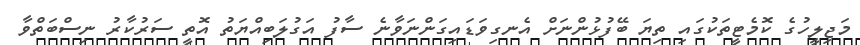
މަޖިލީހުގެ ކޮމެޓީތަކުގައި ތިޔަ ބޭފުޅުންނަށް އެނގިވަޑައިގަންނަވާނެ ސާފު އަގުލަބިއްޔަތު އޮތީ ސަރުކާރު ނިސްބަތްވާ